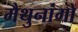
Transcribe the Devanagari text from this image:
मैथुनांगों